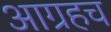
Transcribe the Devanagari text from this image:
आग्रहच